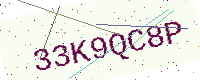
Text: 33K9QC8P